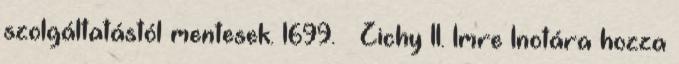
szolgáltatástól mentesek. 1699. – Zichy II. Imre Inotára hozza